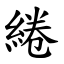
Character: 綣